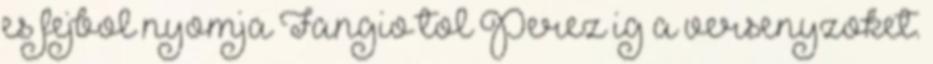
es fejbol nyomja Fangio tol Perez ig a versenyzoket.